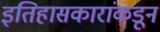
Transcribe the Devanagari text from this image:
इतिहासकारांकडून